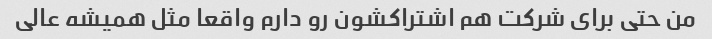
من حتی برای شرکت هم اشتراکشون رو دارم واقعا مثل همیشه عالی